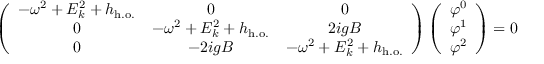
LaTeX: \left( \begin{array} { c c c } { { - \omega ^ { 2 } + E _ { k } ^ { 2 } + h _ { \mathrm { h . o . } } } } & { { 0 } } & { { 0 } } \\ { { 0 } } & { { - \omega ^ { 2 } + E _ { k } ^ { 2 } + h _ { \mathrm { h . o . } } } } & { { 2 i g B } } \\ { { 0 } } & { { - 2 i g B } } & { { - \omega ^ { 2 } + E _ { k } ^ { 2 } + h _ { \mathrm { h . o . } } } } \end{array} \right) \left( \begin{array} { c } { { \varphi ^ { 0 } } } \\ { { \varphi ^ { 1 } } } \\ { { \varphi ^ { 2 } } } \end{array} \right) = 0